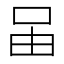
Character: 𠰬